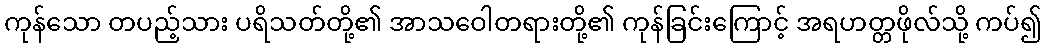
ကုန်သော တပည့်သား ပရိသတ်တို့၏ အာသဝေါတရားတို့၏ ကုန်ခြင်းကြောင့် အရဟတ္တဖိုလ်သို့ ကပ်၍